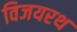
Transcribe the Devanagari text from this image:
विजयरथ